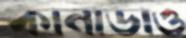
কানাডাও